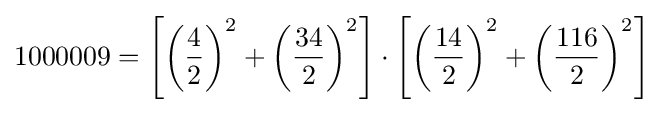
1000009=\left[\left({\frac {4}{2}}\right)^{2}+\left({\frac {34}{2}}\right)^{2}\right]\cdot \left[\left({\frac {14}{2}}\right)^{2}+\left({\frac {116}{2}}\right)^{2}\right]